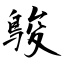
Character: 鵔